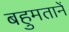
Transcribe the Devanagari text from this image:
बहुमतानें